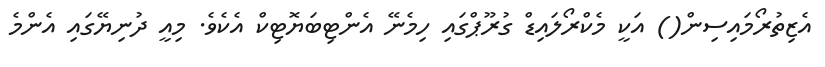
އެޒިތުރޯމައިސިން() އަކީ މެކްރޯލައިޑް ގުރޫޕްގައި ހިމެނޭ އެންޓިބަޔޮޓިކް އެކެވެ. މިއީ ދުނިޔޭގައި އެންމެ